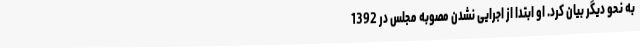
به نحو دیگر بیان کرد. او ابتدا از اجرایی نشدن مصوبه مجلس در 1392